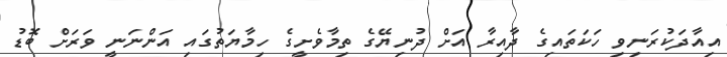
އިއާދަކުރަނިވި ހަކަތައިގެ ދާއިރާ އަށް ދުނިޔޭގެ ތިމާވެށީގެ ހިމާޔަތުގައި އަންނަނީ ވަރަށް ބޮޑު